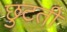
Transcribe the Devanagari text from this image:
छुटती